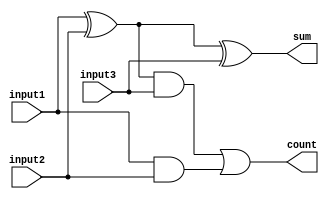
module full_adder(input1,input2,input3,count,sum);

	input input1, input2, input3;
	output count, sum;
	wire w1, w2, w3;

	//Please add your code here !!
	assign w1 = input1 ^ input2;
	assign w2 = input1 & input2;
	assign sum = w1 ^ input3;
	assign w3 = w1 & input3;
	assign count = w3 | w2;
endmodule